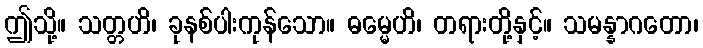
ဤသို့။ သတ္တဟိ၊ ခုနစ်ပါးကုန်သော။ ဓမ္မေဟိ၊ တရားတို့နှင့်။ သမန္နာဂတော၊